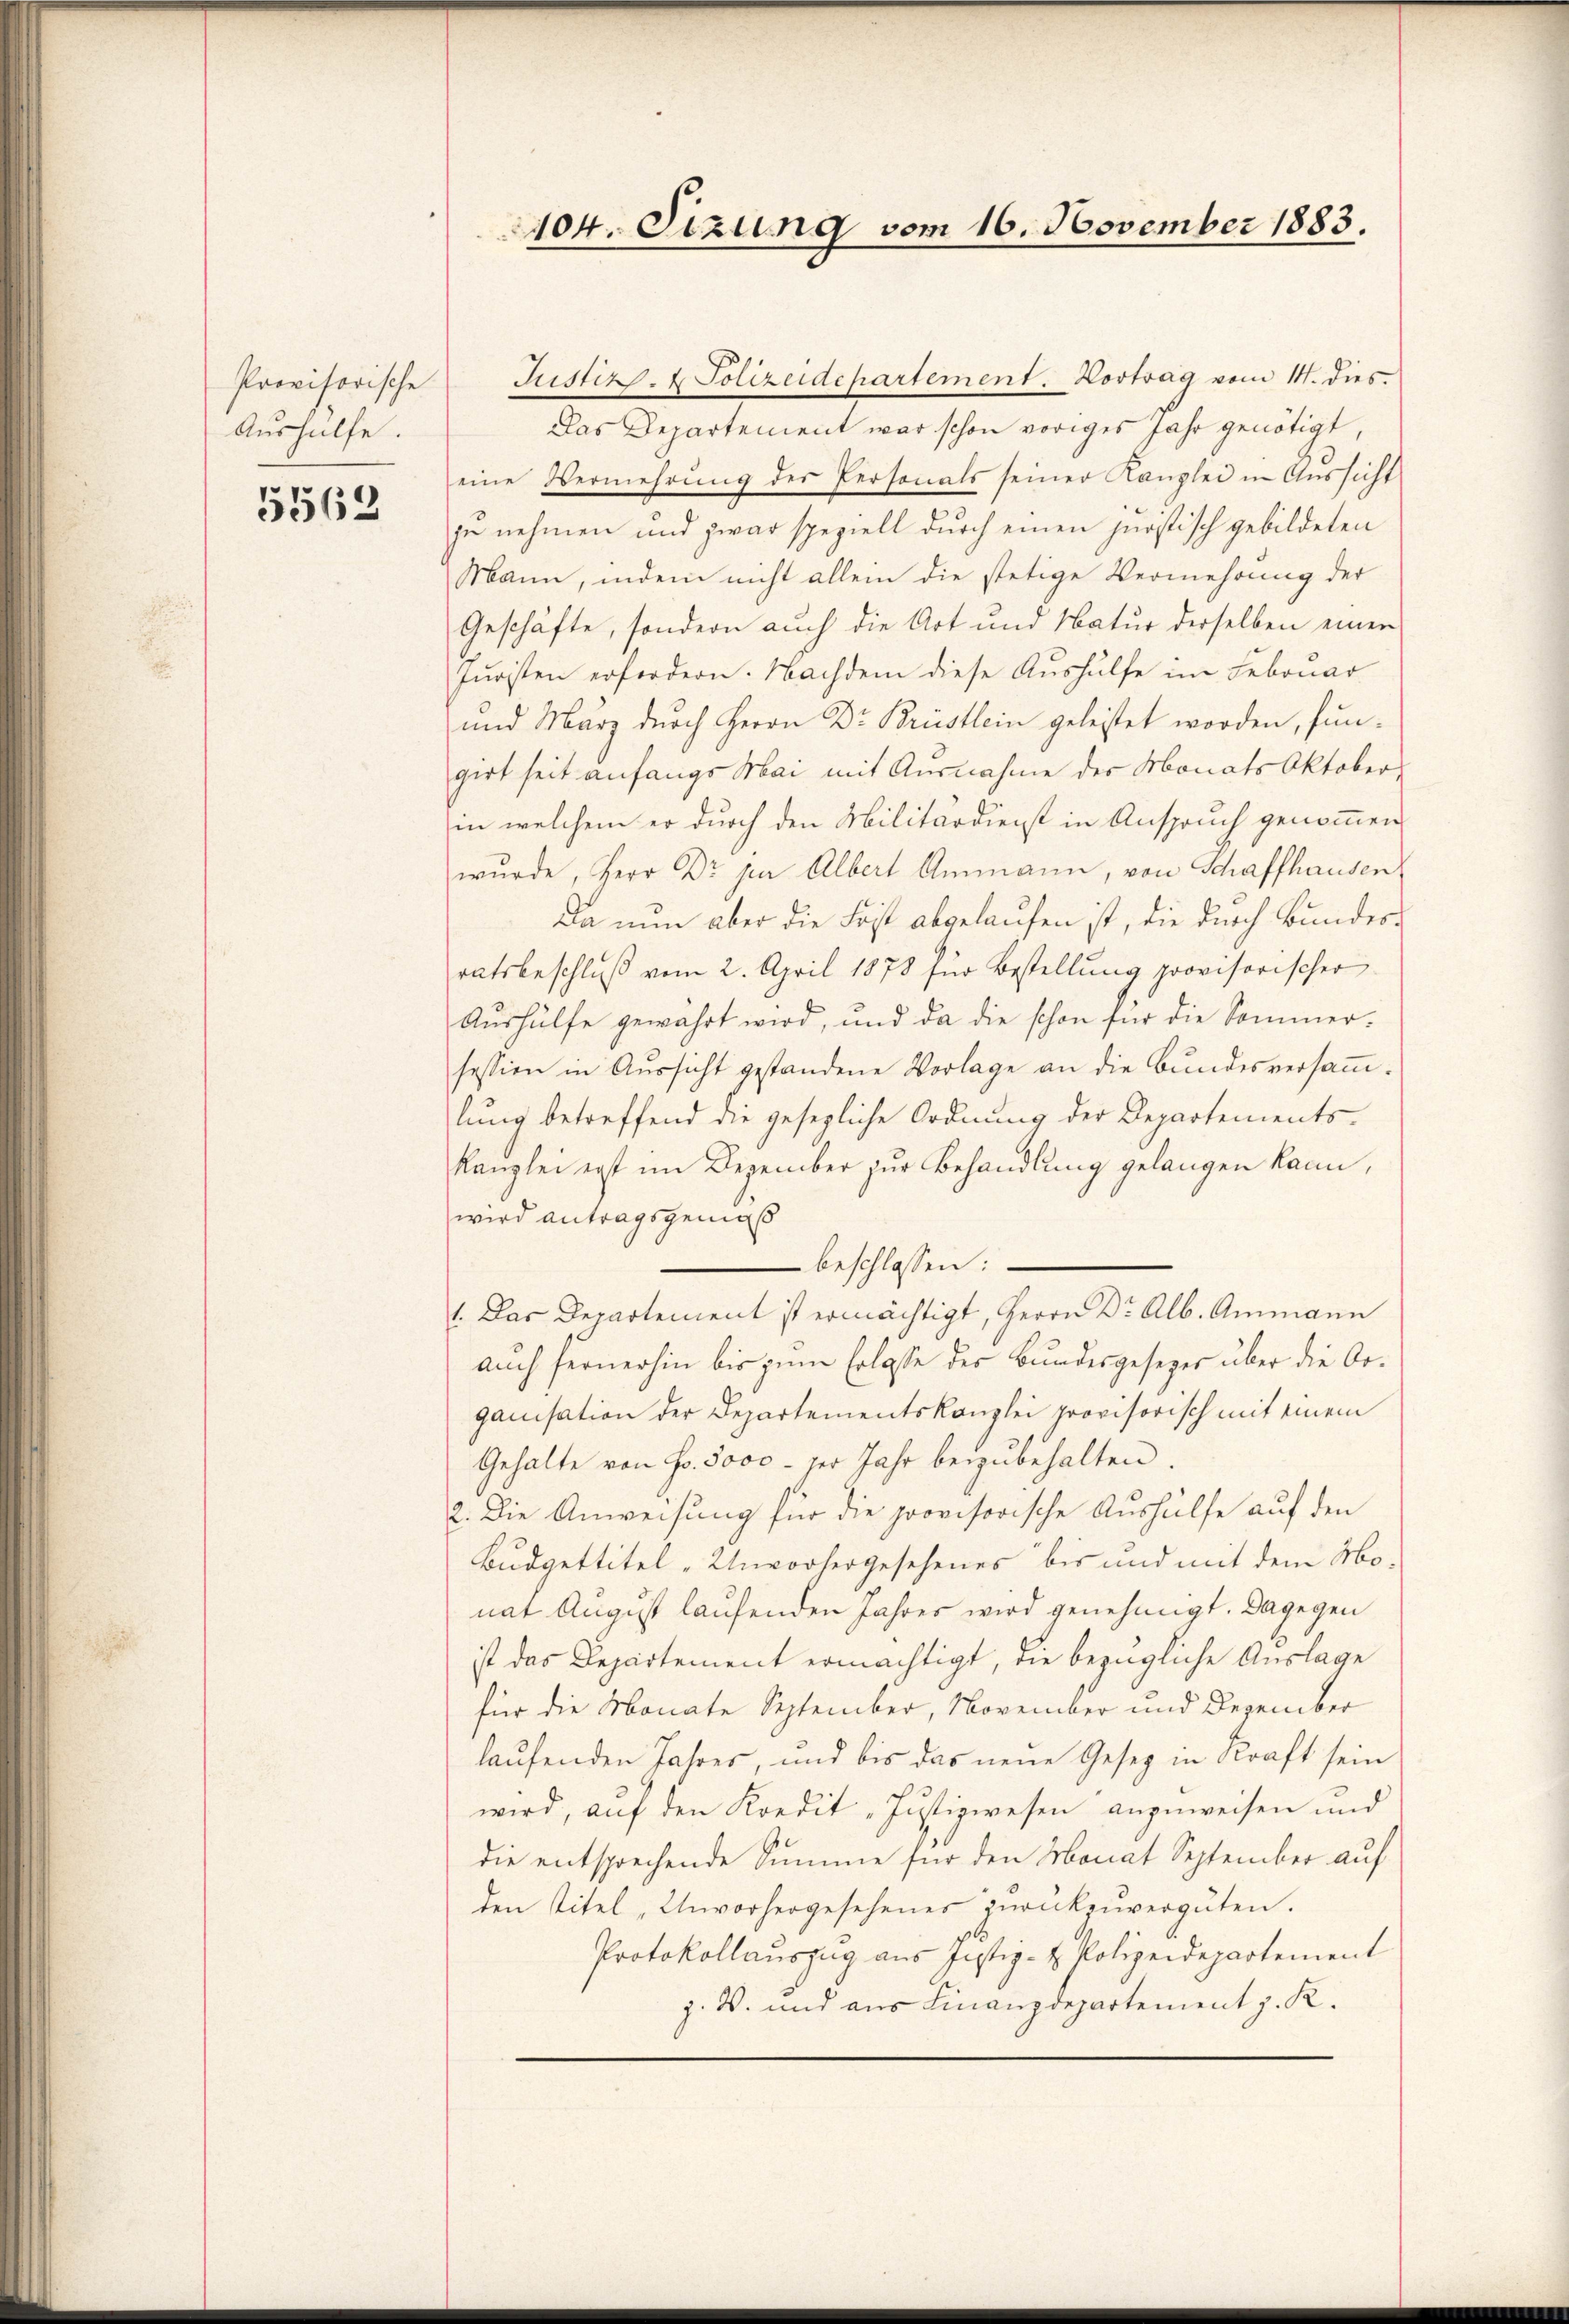
Provisorische
Aushülfe.

5563

Justiz- & Polizeidepartement. Vortrag vom 14. dies
Das Departement war schon voriges Jahr genötigt,
eine Vermehrŭng der Personals seiner Kanzlei in Aussicht
zu nehmen und zwar speziell durch einen juristisch gebildeten
Mann, indem nicht allein die stetige Vermehrung der
Geschäfte, sondern auch die Art und Natur derselben einen
Juristen erfordern. Nachdem diese Aushülfe im Februar
und März durch Herrn Dr Brüstlein geleistet worden, fungirt seit anfangs Mai mit Ausnahme der Monats Oktober
in welchem er durch den Militärdienst in Anspruch genommen
wurde, Herr Dr. per Albert Ammann, von Schaffhausen,
Da nun aber die Frist abgelaufen ist, die durch Bundesratsbeschlŭβ vom 2. April 1878 für Bestellŭng provisorischer
Aŭshülfe gewahrt wird, und da die schon für die Sommer-
session in Aussicht gestandene Vorlage an die Bundesversamlung betreffend die gesezliche Ordnung der Departements-
Kanzlei erst im Dezember zur Behandlung gelangen kann,
wird antragsgemäß
beschlossen:
1. Das Departement ist ermächtigt, Herrn Dr. Alb. Ammann
auch fernerhin bis zum Erlasse des Bundesgesezes über die Organisation der Departementskanzlei provisorisch mit einem
Gehalte von Fr. 5000 - per Jahr beizubehalten.
2. Die Anweisung für die provisorische Aushülfe auf den
Budgettitel „Unvorhergesehenes bis und mit dem Monat August laufenden Jahres wird genehmigt. Dagegen
ist das Departement ermächtigt, die bezügliche Auslage
für die Monate September, November und Dezember
laufenden Jahres, und bis das neue Gesetz in Kraft sein
wird, auf den Kredit "Justizwesen anzuweisen und
die entsprechende Summe für den Monat September auf
den Titel „Unvorhergesehenes zurückenvergüten.
Protokollauszug aus Justiz- & Polizeidepartement
z. W. und aus Finanzdepartement J. K.

104. Sizung vom 16. November 1883.